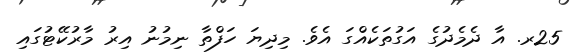
25ރ. އާ ދެމެދުގެ އަގުތަކެއްގަ އެވެ. މިދިޔަ ހަފްތާ ނިމުނު އިރު މާރުކޭޓުގައި